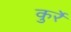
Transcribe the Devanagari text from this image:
कुर्रे